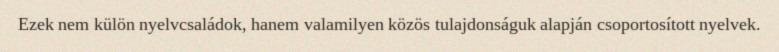
Ezek nem külön nyelvcsaládok, hanem valamilyen közös tulajdonságuk alapján csoportosított nyelvek.